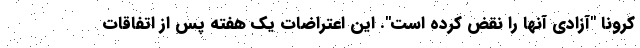
کرونا "آزادی آنها را نقض کرده است". این اعتراضات یک هفته پس از اتفاقات